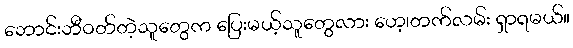
ဘောင်းဘီဝတ်တဲ့သူတွေက ပြေးမယ့်သူတွေလား ဟေ့၊တက်လမ်း ရှာရမယ်။